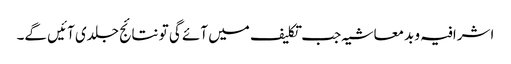
اشرافیہ و بدمعاشیہ جب تکلیف میں آئے گی تو نتائج جلدی آئیں گے۔